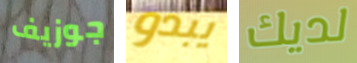
جوزيف يبدو لديك